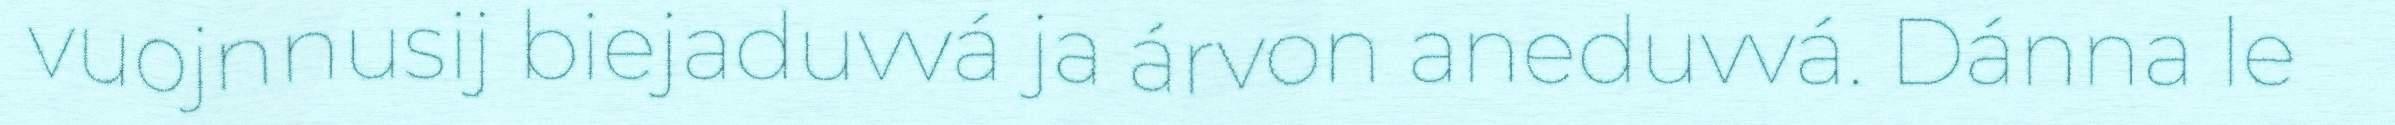
vuojnnusij biejaduvvá ja árvon aneduvvá. Dánna le